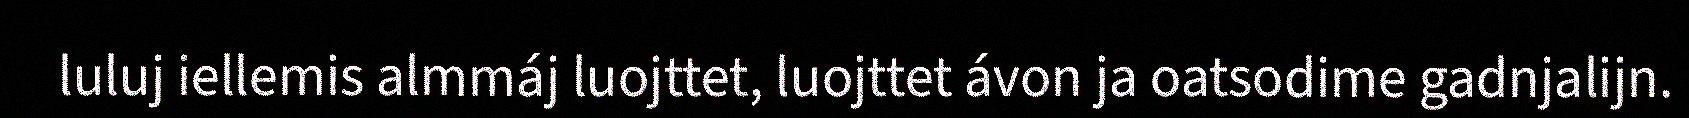
luluj iellemis almmáj luojttet, luojttet ávon ja oatsodime gadnjalijn.